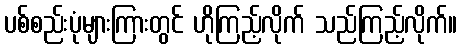
ပစ်စည်းပုံများကြားတွင် ဟိုကြည့်လိုက် သည်ကြည့်လိုက်။